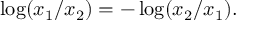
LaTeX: \log ( x _ { 1 } / x _ { 2 } ) = - \log ( x _ { 2 } / x _ { 1 } ) .